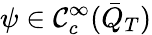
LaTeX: \psi\in\mathcal{C}_{c}^{\infty}(\bar{{Q}}_{T})